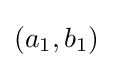
\left(a_{1},b_{1}\right)